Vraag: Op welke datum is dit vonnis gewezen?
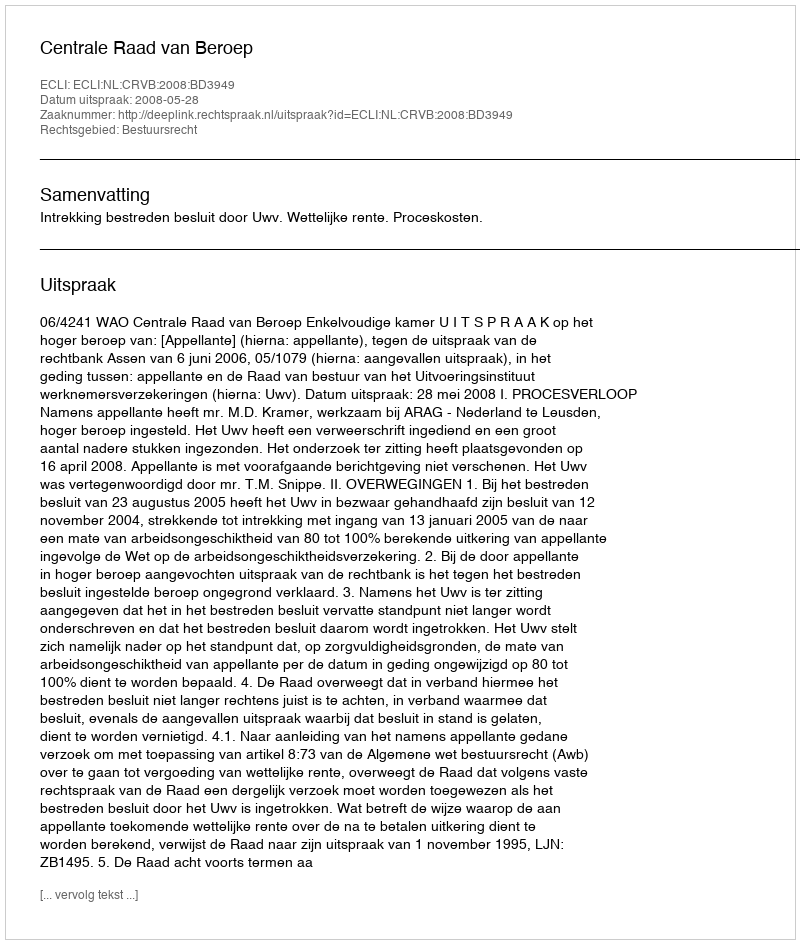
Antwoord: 2008-05-28